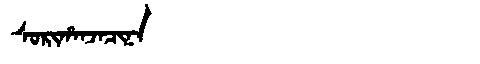
Manchu: ᠰᠣᡵᡳᡥᠠᠨᠵᠠᠴᡳᠨᠠ
Romanization: SORIHANJACINA